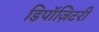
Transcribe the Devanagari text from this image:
डिपॉज़िटरी